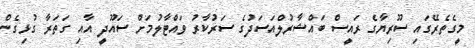
މީގެތެރޭގައި ސޫރިޔާގެ ރައީސް ބައްޝާރުލްއަސަދުގެ ސަރުކާރު ވައްޓާލުމަށް ސައޫދީ އާއި ގަތަރާ ގުޅިގެން